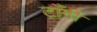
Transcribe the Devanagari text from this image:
टाँगी